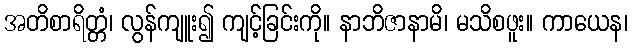
အတိစာရိတ္တံ၊ လွန်ကျူး၍ ကျင့်ခြင်းကို။ နာဘိဇာနာမိ၊ မသိစဖူး။ ကာယေန၊